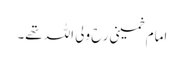
امام خمینی رح ولی اللہ تھے۔